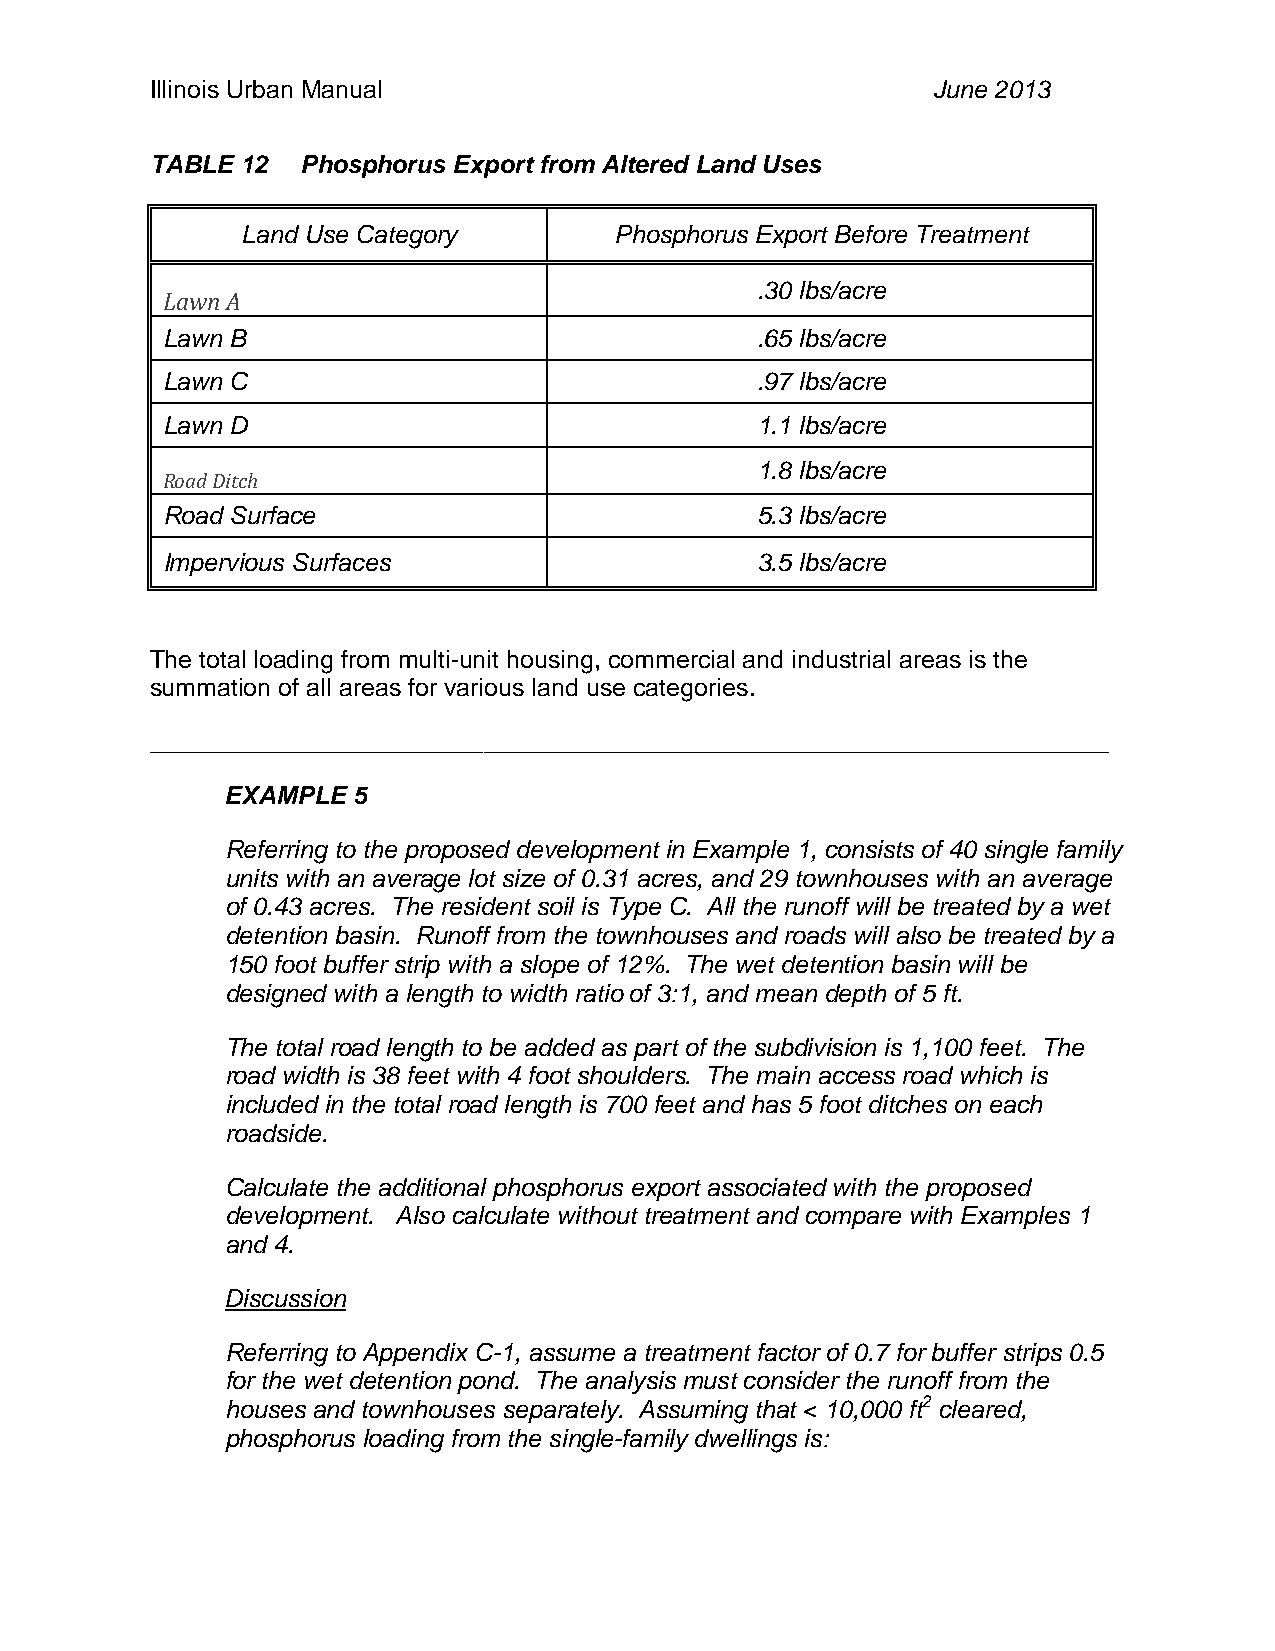
Illinois Urban Manual                               June 2013
 TABLE 12  Phosphorus Export from Altered Land Uses
 Land Use Category        Phosphorus Export Before Treatment
 .30 lbs/acre
 Lawn A
 Lawn B                                 .65 lbs/acre
 Lawn C                                 .97 lbs/acre
 Lawn D                                 1.1 lbs/acre
 1.8 lbs/acre
 Road Ditch
 Road Surface                           5.3 lbs/acre
 Impervious Surfaces                    3.5 lbs/acre
 The total loading from multi-unit housing, commercial and industrial areas is the
 summation of all areas for various land use categories.
 _____________________________________________________________________
 EXAMPLE 5
 Referring to the proposed development in Example 1, consists of 40 single family
 units with an average lot size of 0.31 acres, and 29 townhouses with an average
 of 0.43 acres. The resident soil is Type C. All the runoff will be treated by a wet
 detention basin. Runoff from the townhouses and roads will also be treated by a
 150 foot buffer strip with a slope of 12%. The wet detention basin will be
 designed with a length to width ratio of 3:1, and mean depth of 5 ft.
 The total road length to be added as part of the subdivision is 1,100 feet. The
 road width is 38 feet with 4 foot shoulders. The main access road which is
 included in the total road length is 700 feet and has 5 foot ditches on each
 roadside.
 Calculate the additional phosphorus export associated with the proposed
 development. Also calculate without treatment and compare with Examples 1
 and 4.
 Discussion
 Referring to Appendix C-1, assume a treatment factor of 0.7 for buffer strips 0.5
 for the wet detention pond. The analysis must consider the runoff from the
 houses and townhouses separately. Assuming that < 10,000 ft2 cleared,
 phosphorus loading from the single-family dwellings is: